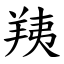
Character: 羠